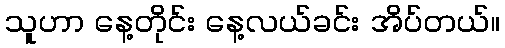
သူဟာ နေ့တိုင်း နေ့လယ်ခင်း အိပ်တယ်။